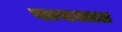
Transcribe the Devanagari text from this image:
बायलाट